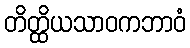
တိတ္ထိယသာဝကဘာဝံ